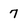
Character: 7